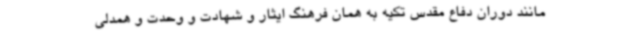
مانند دوران دفاع مقدس تکیه به همان فرهنگ ایثار و شهادت و وحدت و همدلی